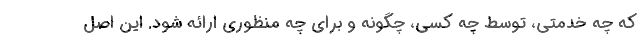
که چه خدمتی، توسط چه کسی، چگونه و برای چه منظوری ارائه شود. این اصل